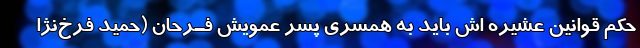
حکم قوانین عشیره اش باید به همسری پسر عمویش فـَرحان (حمید فرخ‌نژا